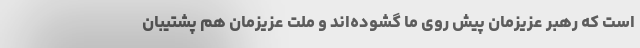
است که رهبر عزیزمان پیش روی ما گشوده‌اند و ملت عزیزمان هم پشتیبان